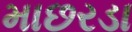
માછરડા